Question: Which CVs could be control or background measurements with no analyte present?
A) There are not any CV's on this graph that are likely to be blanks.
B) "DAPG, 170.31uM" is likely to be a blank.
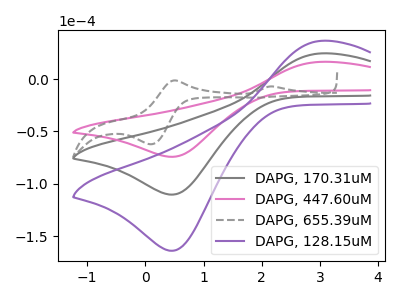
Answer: <think>The gray curve "DAPG, 170.31uM" has an anodic peak at (3.05V, 24.70uA) and a cathodic peak at (0.50V, -110.30uA). The pink curve "DAPG, 447.60uM" has an anodic peak at (3.05V, 16.60uA) and a cathodic peak at (0.50V, -74.20uA). The gray dashed curve "DAPG, 655.39uM" has anodic peaks at (2.20V, -7.00uA) (0.50V, -1.15uA) and cathodic peaks at (0.10V, -62.20uA) (1.95V, -17.70uA). The purple curve "DAPG, 128.15uM" has an anodic peak at (3.05V, 49.40uA) and a cathodic peak at (0.50V, -220.55uA).</think>
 <answer>A) There are not any CV's on this graph that are likely to be blanks.</answer>
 <eval>A</eval>